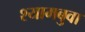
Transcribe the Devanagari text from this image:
श्यामबुवा